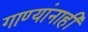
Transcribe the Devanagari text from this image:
गाण्यांनाही